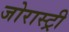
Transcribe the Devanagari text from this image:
जोरास्ट्री